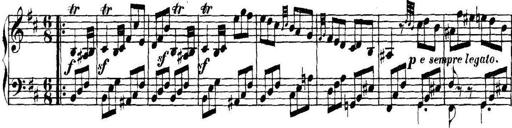
Title: Collected Piano Sonatas
Composer: Muzio Clementi